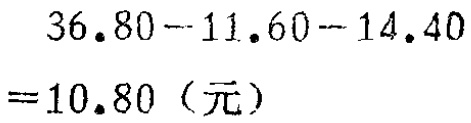
\[
\begin{align*}
&36.80 - 11.60 - 14.40\\
=&10.80 \text{（元）}
\end{align*}
\]